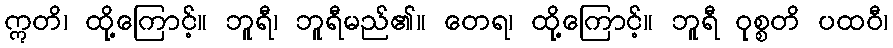
ဣတိ၊ ထို့ကြောင့်။ ဘူရီ၊ ဘူရီမည်၏။ တေရ၊ ထို့ကြောင့်။ ဘူရီ ဝုစ္စတိ ပထဝီ၊